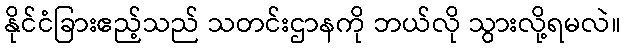
နိုင်ငံခြားဧည့်သည် သတင်းဌာနကို ဘယ်လို သွားလို့ရမလဲ။